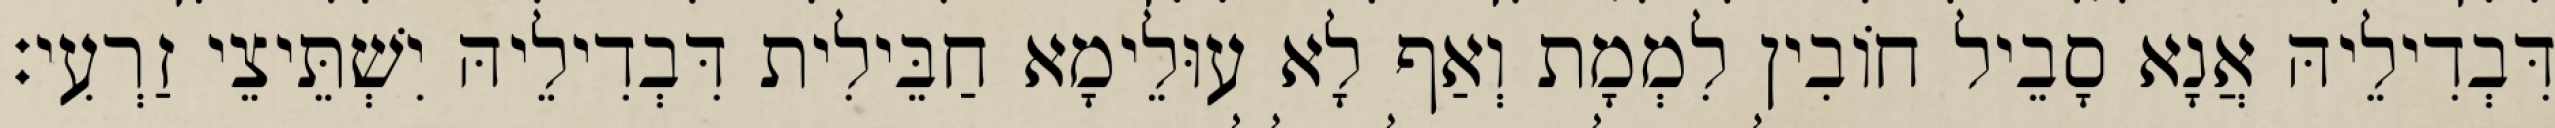
דִּבְדִילֵיהּ אֲנָא סָבֵיל חוֹבִין לִמְמָת וְאַף לָא עוּלֵימָא חַבֵּילִית דִּבְדִילֵיהּ יִשְׁתֵּיצֵי זַרְעִי׃